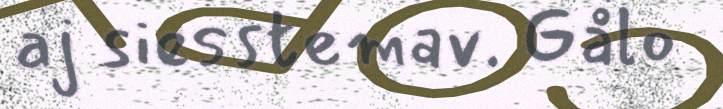
aj siesstemav. Gålo